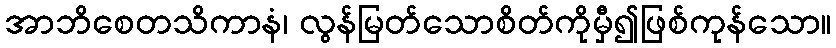
အာဘိစေတသိကာနံ၊ လွန်မြတ်သောစိတ်ကိုမှီ၍ဖြစ်ကုန်သော။